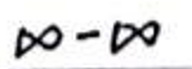
$\infty - \infty$